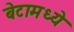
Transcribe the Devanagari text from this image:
बेटामध्ये